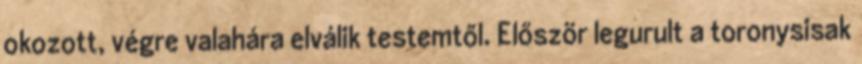
okozott, végre valahára elválik testemtől. Először legurult a toronysisak